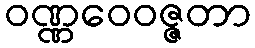
ဝဏ္ဏဝေဝဇ္ဇတာ